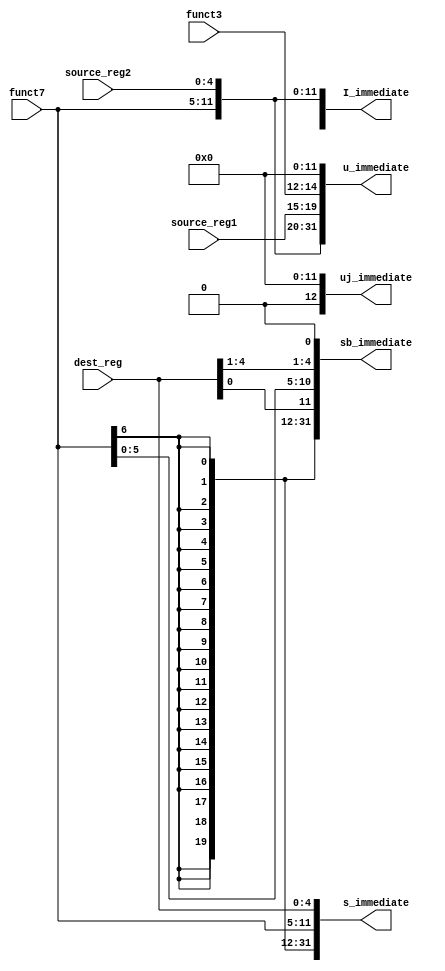
`timescale 1ns / 1ps
//////////////////////////////////////////////////////////////////////////////////
module Immediate_calculator(dest_reg, source_reg1, source_reg2, funct3, funct7, I_immediate, s_immediate, u_immediate, sb_immediate, uj_immediate);
    input [4:0] dest_reg, source_reg1, source_reg2;
    input [2:0] funct3;
    input [6:0] funct7;
    output [31:0] I_immediate, s_immediate, u_immediate, sb_immediate, uj_immediate;
    
    assign I_immediate = {{20{funct7[6]}}, funct7, source_reg2};
    assign s_immediate = {{20{funct7[6]}}, funct7, dest_reg};
    assign u_immediate = {funct7, source_reg2, source_reg1, funct3, {12{1'b0}}};
    assign sb_immediate = {{19{funct7[6]}}, funct7[6], dest_reg[0], funct7[5:0], dest_reg[4:1], 1'b0};
    assign uj_format = {{11{funct7[6]}}, funct7[6], source_reg1, funct3, source_reg2[0], funct7[5:0], source_reg2[4:1], 1'b0};
    
endmodule